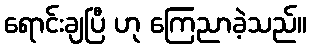
ရောင်းချပြီ ဟု ကြေညာခဲ့သည်။